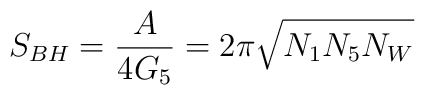
S_{BH} = \frac{A}{4G_5} = 2\pi \sqrt{N_1N_5N_W}